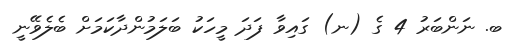
ބ. ނަންބަރު 4 ގެ (ނ) ގައިވާ ފަދަ މީހަކު ބަލަމުންދާކަމަށް ބެލެވޭނީ